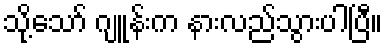
သို့သော် ဂျူန်းက နားလည်သွားပါပြီ။